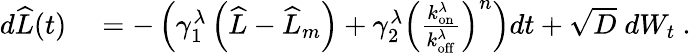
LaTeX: \begin{array}{rl}{d\widehat{L}(t)}&{{}=-\left(\gamma_{1}^{\lambda}\left(\widehat{L}-\widehat{L}_{m}\right)+\gamma_{2}^{\lambda}\left(\frac{k_{\mathrm{on}}^{\lambda}}{k_{\mathrm{off}}^{\lambda}}\right)^{n}\right)dt+\sqrt{D}\; dW_{t}\ .}\end{array}